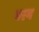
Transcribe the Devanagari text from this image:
वरग